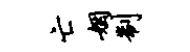
亡姻制